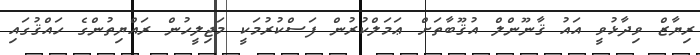
ރިޔާޒް ވިދާޅުވީ އައު ޤާނޫންލް އުޤޫބާތަށް ޢަމަލްކުރުން ފަސްކުރުމަކީ މަޖިލީހުން ރައްޔިތުންގެ ހައްޤުގައި